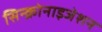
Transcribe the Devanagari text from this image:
सिन्क्रोनाइजेशन